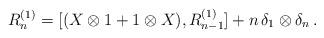
LaTeX: \begin{align*}R_n^{(1)} = [(X \otimes 1 + 1 \otimes X) , R_{n-1}^{(1)}] + n \, \delta_1 \otimes \delta_n \, . \end{align*}